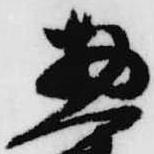
惣